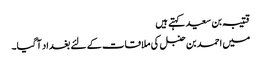
قتیبہ بن سعید کہتے ہیں
میں احمد بن حنبل کی ملاقات کے لئے بغداد آگیا۔